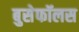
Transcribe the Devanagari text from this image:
बुसेफॉलस